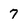
Character: 7